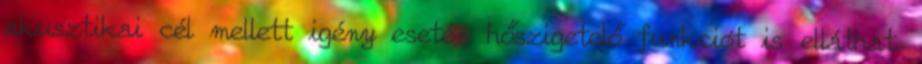
akusztikai cél mellett igény esetén hőszigetelő funkciót is elláthat.